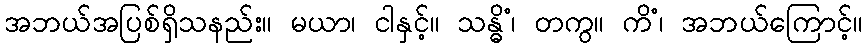
အဘယ်အပြစ်ရှိသနည်း။ မယာ၊ ငါနှင့်။ သန္ဓိံ၊ တကွ။ ကိံ၊ အဘယ်ကြောင့်။